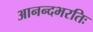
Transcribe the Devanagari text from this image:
आनन्दभरतिः